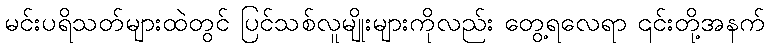
မင်းပရိသတ်များထဲတွင် ပြင်သစ်လူမျိုးများကိုလည်း တွေ့ရလေရာ ၎င်းတို့အနက်